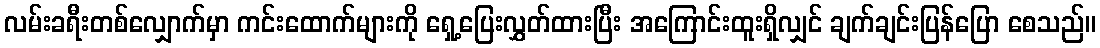
လမ်းခရီးတစ်လျှောက်မှာ ကင်းထောက်များကို ရှေ့ပြေးလွှတ်ထားပြီး အကြောင်းထူးရှိလျှင် ချက်ချင်းပြန်ပြော စေသည်။